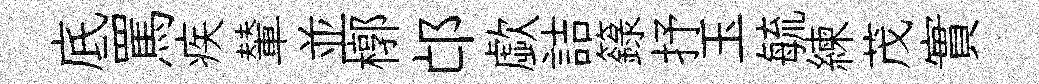
底罵疾輦並槨邙歔詰籙抒玉毓練茂實